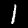
Digit: 1